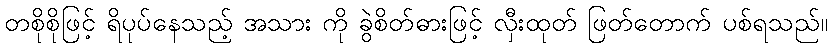
တစိုစိုဖြင့် ရိပုပ်နေသည့် အသား ကို ခွဲစိတ်ဓားဖြင့် လှီးထုတ် ဖြတ်တောက် ပစ်ရသည်။